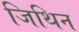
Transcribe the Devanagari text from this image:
जिथिन